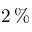
2 \, \%